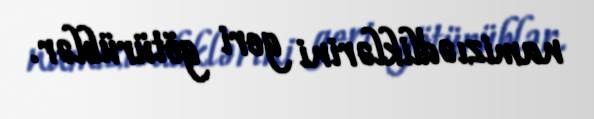
namizıədliklərini geri götürüblər.